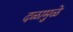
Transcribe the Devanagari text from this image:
दळामुळे